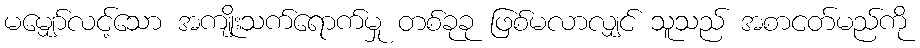
မမျှော်လင့်သော အကျိုးသက်ရောက်မှု တစ်ခုခု ဖြစ်မလာလျှင် သူသည် အစာငတ်မည်ကို